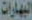
البهارات